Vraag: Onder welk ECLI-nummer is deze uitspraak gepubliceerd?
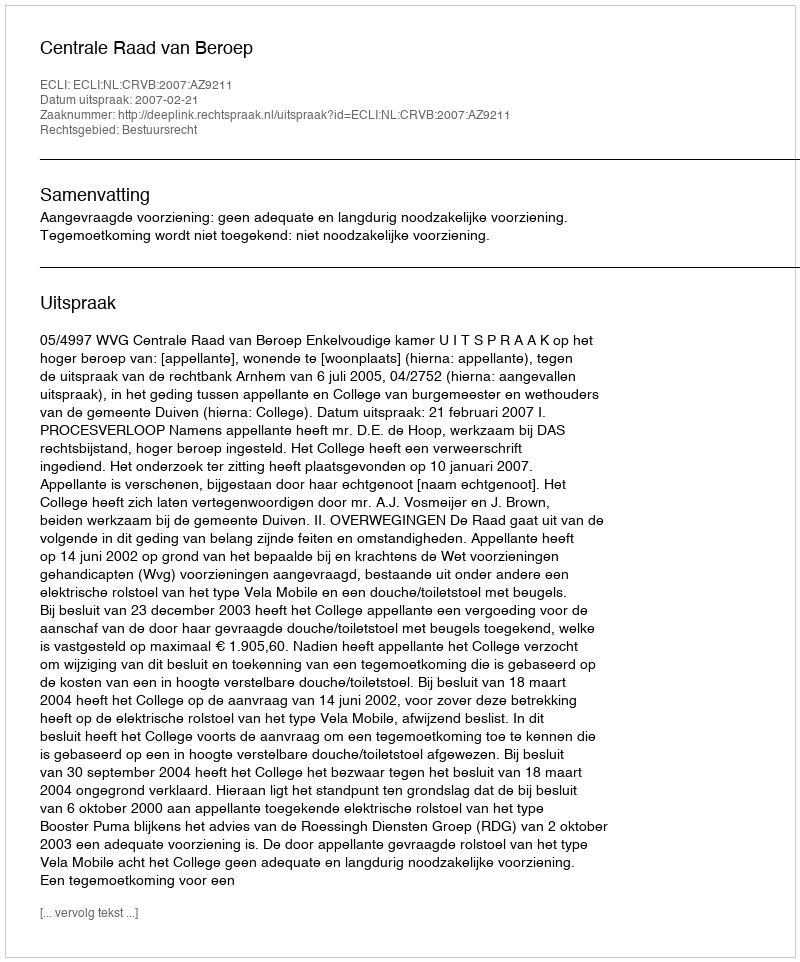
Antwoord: ECLI:NL:CRVB:2007:AZ9211